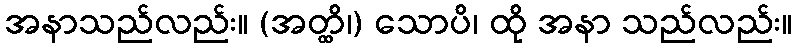
အနာသည်လည်း။ (အတ္ထိ၊) သောပိ၊ ထို အနာ သည်လည်း။